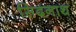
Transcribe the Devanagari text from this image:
सिदनाथ